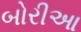
બોરીઆ